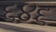
૬૪૬